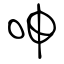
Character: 呻